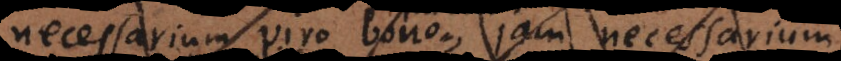
necessarium viro bono, jam necessarium